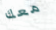
معك